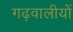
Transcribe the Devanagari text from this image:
गढ़वालीयों